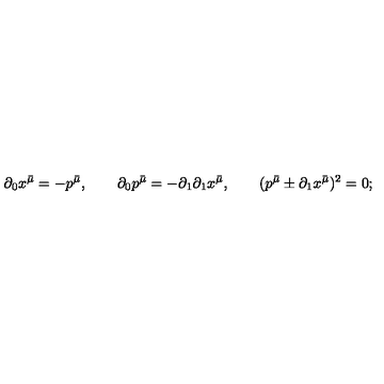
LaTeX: \qquad \partial _ { 0 } x ^ { \bar { \mu } } = - p ^ { \bar { \mu } } , \qquad \partial _ { 0 } p ^ { \bar { \mu } } = - \partial _ { 1 } \partial _ { 1 } x ^ { \bar { \mu } } , \qquad ( p ^ { \bar { \mu } } \pm \partial _ { 1 } x ^ { \bar { \mu } } ) ^ { 2 } = 0 ;